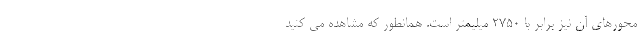
محورهای آن نیز برابر با 2750 میلیمتر است. همانطور که مشاهده می کنید